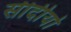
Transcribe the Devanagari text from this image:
सीदीयो